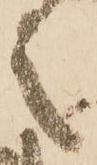
之